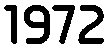
1972